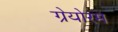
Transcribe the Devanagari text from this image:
ग्रेयोरम